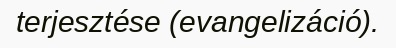
terjesztése (evangelizáció).